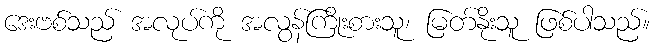
ဒေးဗစ်သည် အလုပ်ကို အလွန်ကြိုးစားသူ၊ မြတ်နိုးသူ ဖြစ်ပါသည်။